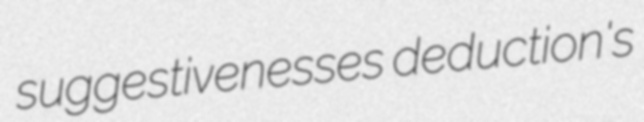
suggestivenesses deduction's